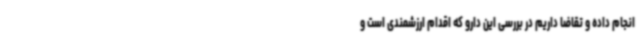
انجام داده و تقاضا داریم در بررسی این دارو که اقدام ارزشمندی است و